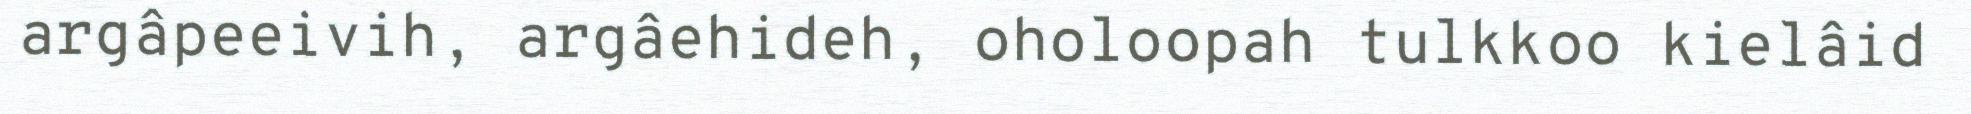
argâpeeivih, argâehideh, oholoopah tulkkoo kielâid